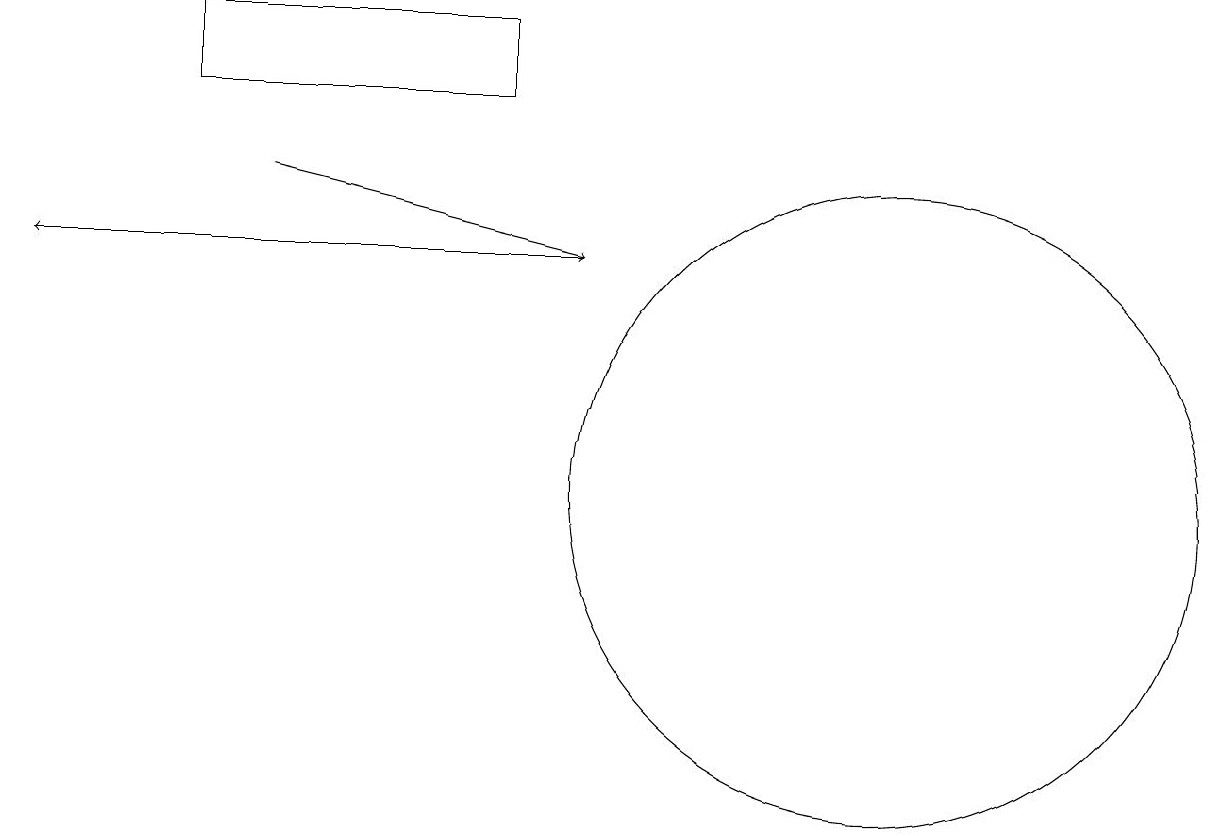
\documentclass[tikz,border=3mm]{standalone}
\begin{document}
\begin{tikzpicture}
\draw[->] (3,14) -- (7,13);
\draw[->] (7,13) -- (0,13);
\draw (11,10) circle (4);
\draw (2,16) rectangle (6,15);
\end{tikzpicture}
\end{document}